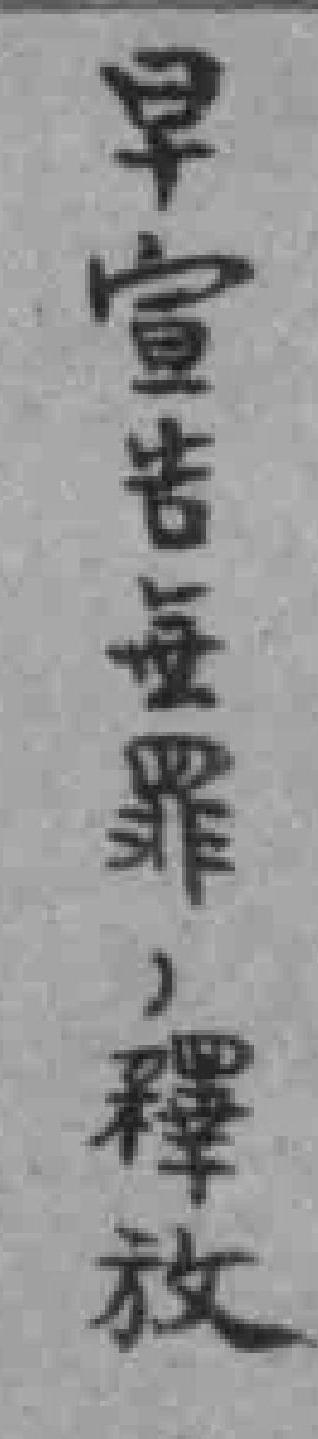
早宣告無罪，釋放